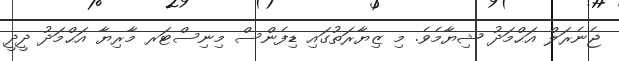
ޖެނެރަލް އަޙްމަދު ޝިޔާމެވެ. މި ޒިޔާރަތުގައި ޑިފެންސް މިނިސްޓަރ މާރިޔާ އަޙްމަދު ދީދީ